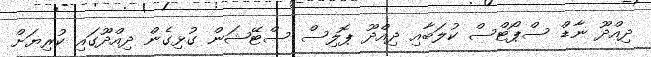
ދިއްދޫ ނާޑް ސްޕޯޓްސް ކުލަބާއި ދިއްދޫ ޕޮލިސް ސްޓޭޝަން ގުޅިގެން ދިއްދޫގައި ކުރިޔަށް